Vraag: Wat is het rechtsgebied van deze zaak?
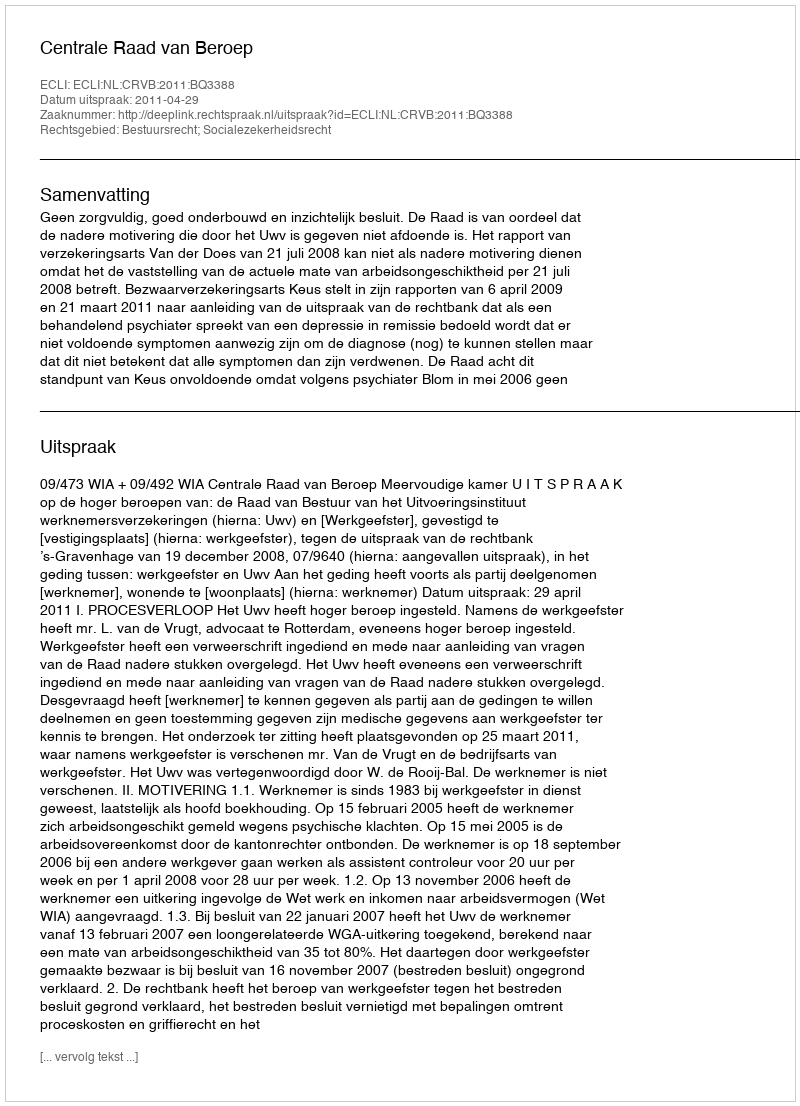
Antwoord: Bestuursrecht; Socialezekerheidsrecht